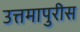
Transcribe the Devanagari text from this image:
उत्तमापुरीस